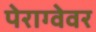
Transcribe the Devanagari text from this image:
पेराग्वेवर